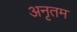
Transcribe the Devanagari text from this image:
अनृतम